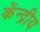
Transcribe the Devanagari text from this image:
केंन्‍द्रीय